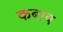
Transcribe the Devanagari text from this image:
कबाय